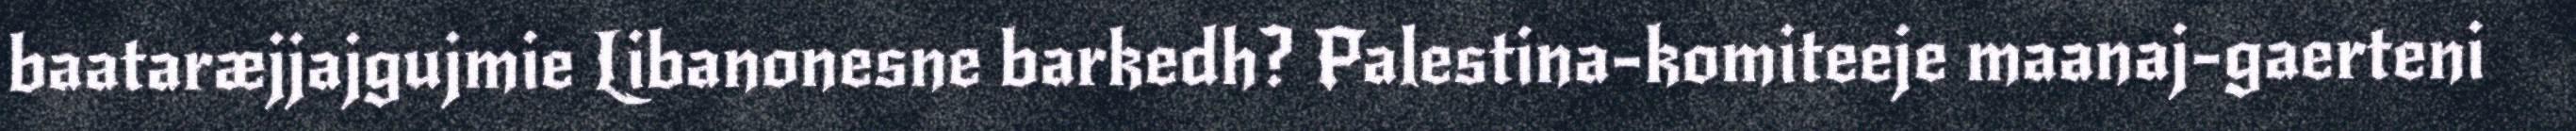
baataræjjajgujmie Libanonesne barkedh? Palestina-komiteeje maanaj-gaerteni